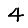
Digit: 4